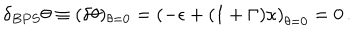
\delta _ { B P S } \theta \equiv ( \delta \theta ) _ { \theta = 0 } = \left( - \epsilon + ( 1 + \Gamma ) \kappa \right) _ { \theta = 0 } = 0 \, .